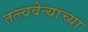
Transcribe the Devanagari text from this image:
तत्त्ववेत्यांच्या